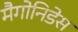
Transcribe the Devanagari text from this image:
मैगोनिडेस